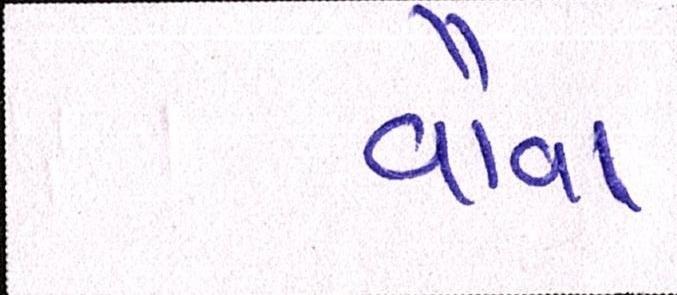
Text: વૌવા